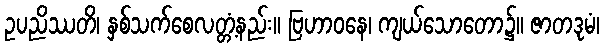
ဥပညိဿတိ၊ နှစ်သက်စေလတ္တံ့နည်း။ ဗြဟာဝနေ၊ ကျယ်သောတော၌။ ဇာတဒုမံ၊